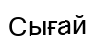
Сығай